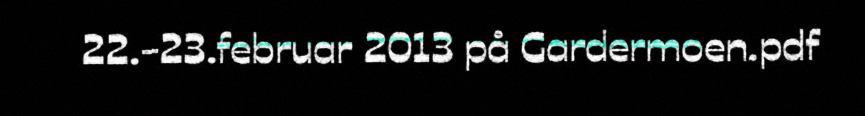
22.-23.februar 2013 på Gardermoen.pdf